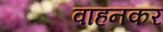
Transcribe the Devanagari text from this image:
वाहनकर